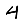
Digit: 4